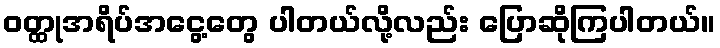
ဝတ္ထုအရိပ်အငွေ့တွေ ပါတယ်လို့လည်း ပြောဆိုကြပါတယ်။